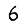
Digit: 6